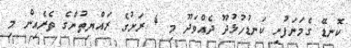
ކޮނޑޭ ގެމަނަފުށި ކަނޑުހުޅުދޫ ދެއްވަދޫ މި 4 ރަށުގެ ރައްޔިތުންގެ ތެރެއިން މި